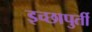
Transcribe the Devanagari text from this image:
इच्छापुर्ती